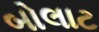
બોલાટ